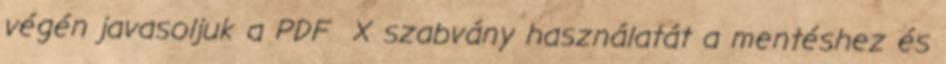
végén javasoljuk a PDF X szabvány használatát a mentéshez és